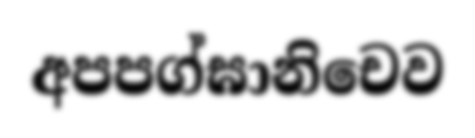
අපපග්ඝානිචෙව